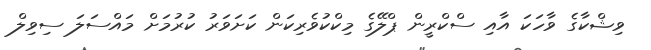
ވިޝްކާގެ ވާހަކަ އާއި ސްކްރީން ޕްލޭގެ މިކްކުވެރިކަން ކަށަވަރު ކުރުމަށް މައްސަލަ ސިވިލް